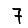
Digit: 7